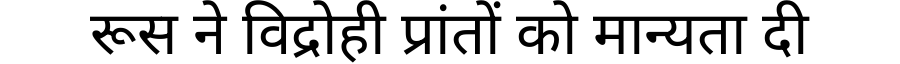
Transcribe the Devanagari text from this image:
रूस ने विद्रोही प्रांतों को मान्यता दी